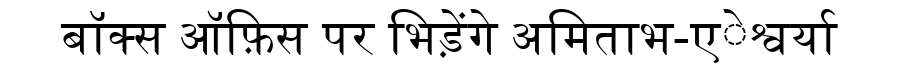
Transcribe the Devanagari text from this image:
बॉक्स ऑफ़िस पर भिड़ेंगे अमिताभ-एेश्वर्या